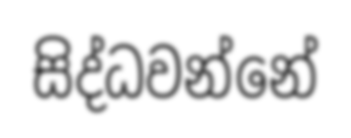
සිද්ධවන්නේ